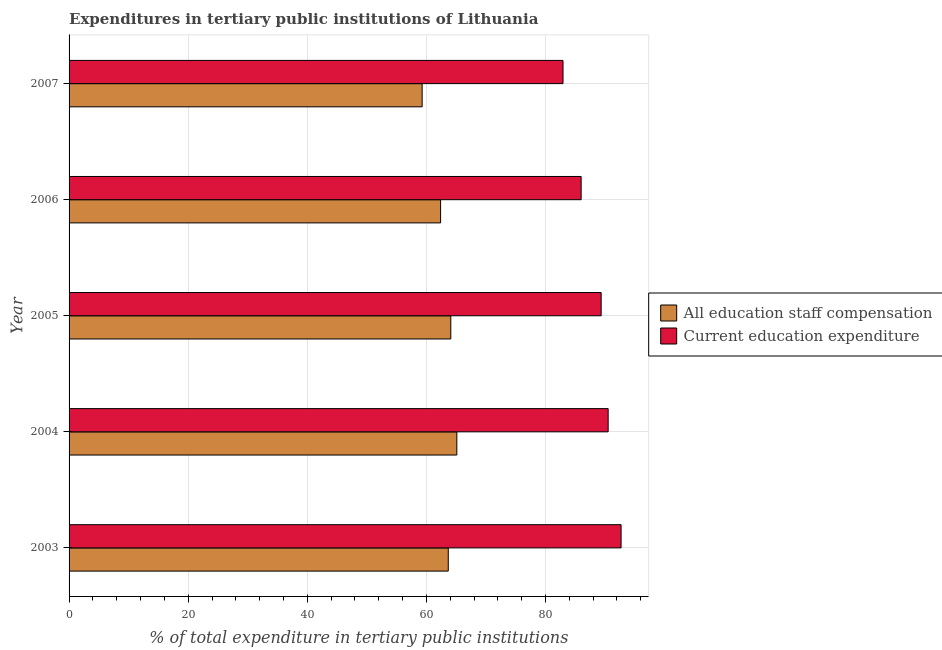
| Year | All education staff compensation | Current education expenditure |
 | --- | --- | --- |
 | 2003 | 63.7 | 92.7 |
 | 2004 | 65.1 | 90.5 |
 | 2005 | 64.1 | 89.3 |
 | 2006 | 62.4 | 86 |
 | 2007 | 59.3 | 82.9 |